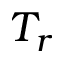
T _ { r }